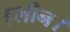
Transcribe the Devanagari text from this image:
हलीन।